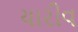
યારીવ